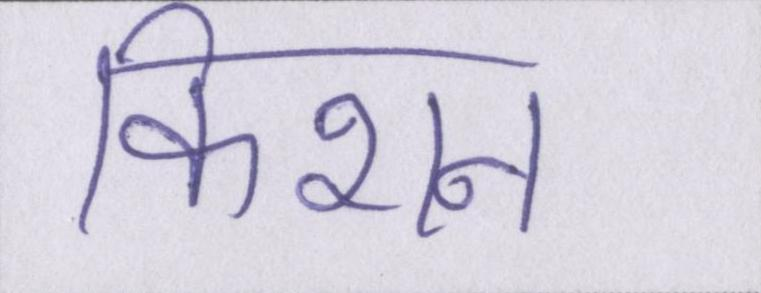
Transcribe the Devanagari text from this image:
किशन